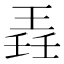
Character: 𬍲